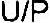
U/P